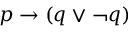
p \to ( q \lor \neg q )